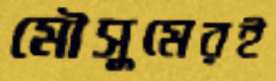
মৌসুমেরই